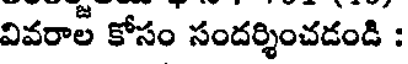
వివరాల కోసం సందర్శించడండి :